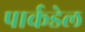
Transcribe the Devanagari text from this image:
पार्कडेल